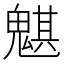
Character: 魌